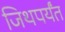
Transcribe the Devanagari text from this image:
जिथपर्यंत